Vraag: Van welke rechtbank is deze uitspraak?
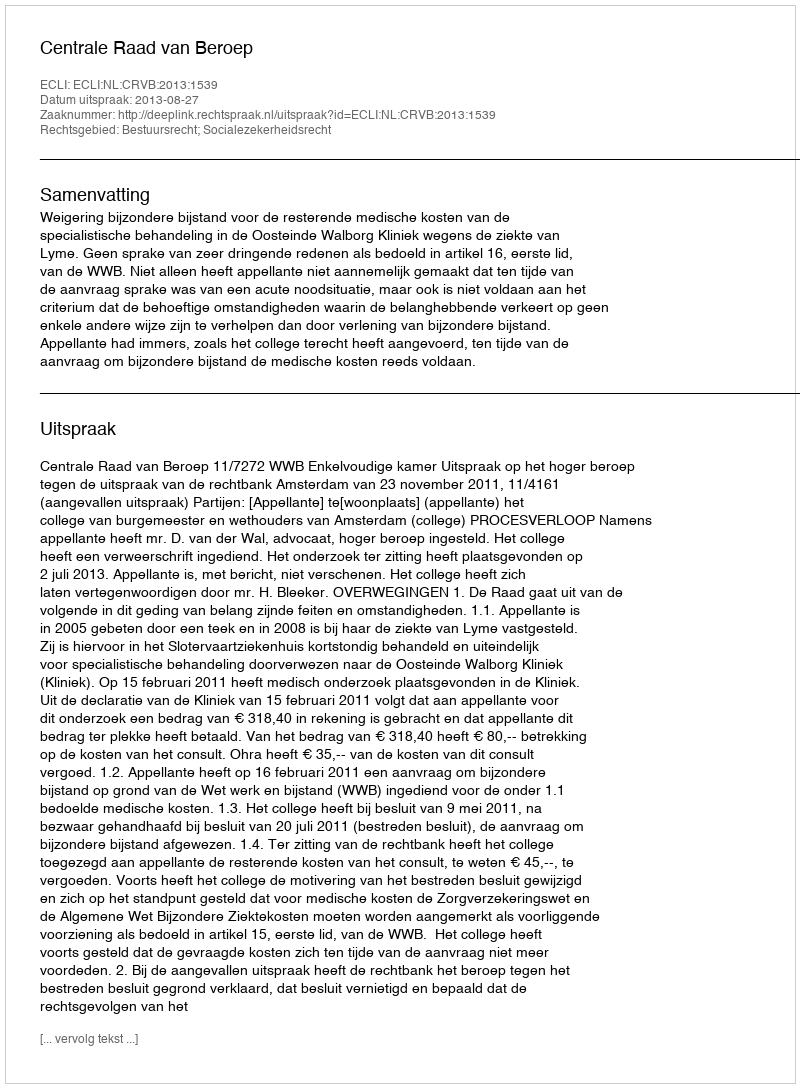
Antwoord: Centrale Raad van Beroep